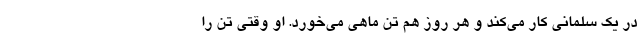
در یک سلمانی کار می‌کند و هر روز هم تن ماهی می‌خورد. او وقتی تن را